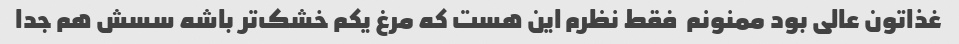
غذاتون عالی بود ممنونم  فقط نظرم این هست که مرغ یکم خشک‌تر باشه سسش هم جدا